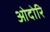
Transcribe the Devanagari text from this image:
ओदोरि